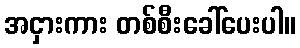
အငှားကား တစ်စီးခေါ်ပေးပါ။